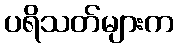
ပရိသတ်များက